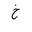
Letter: _kha